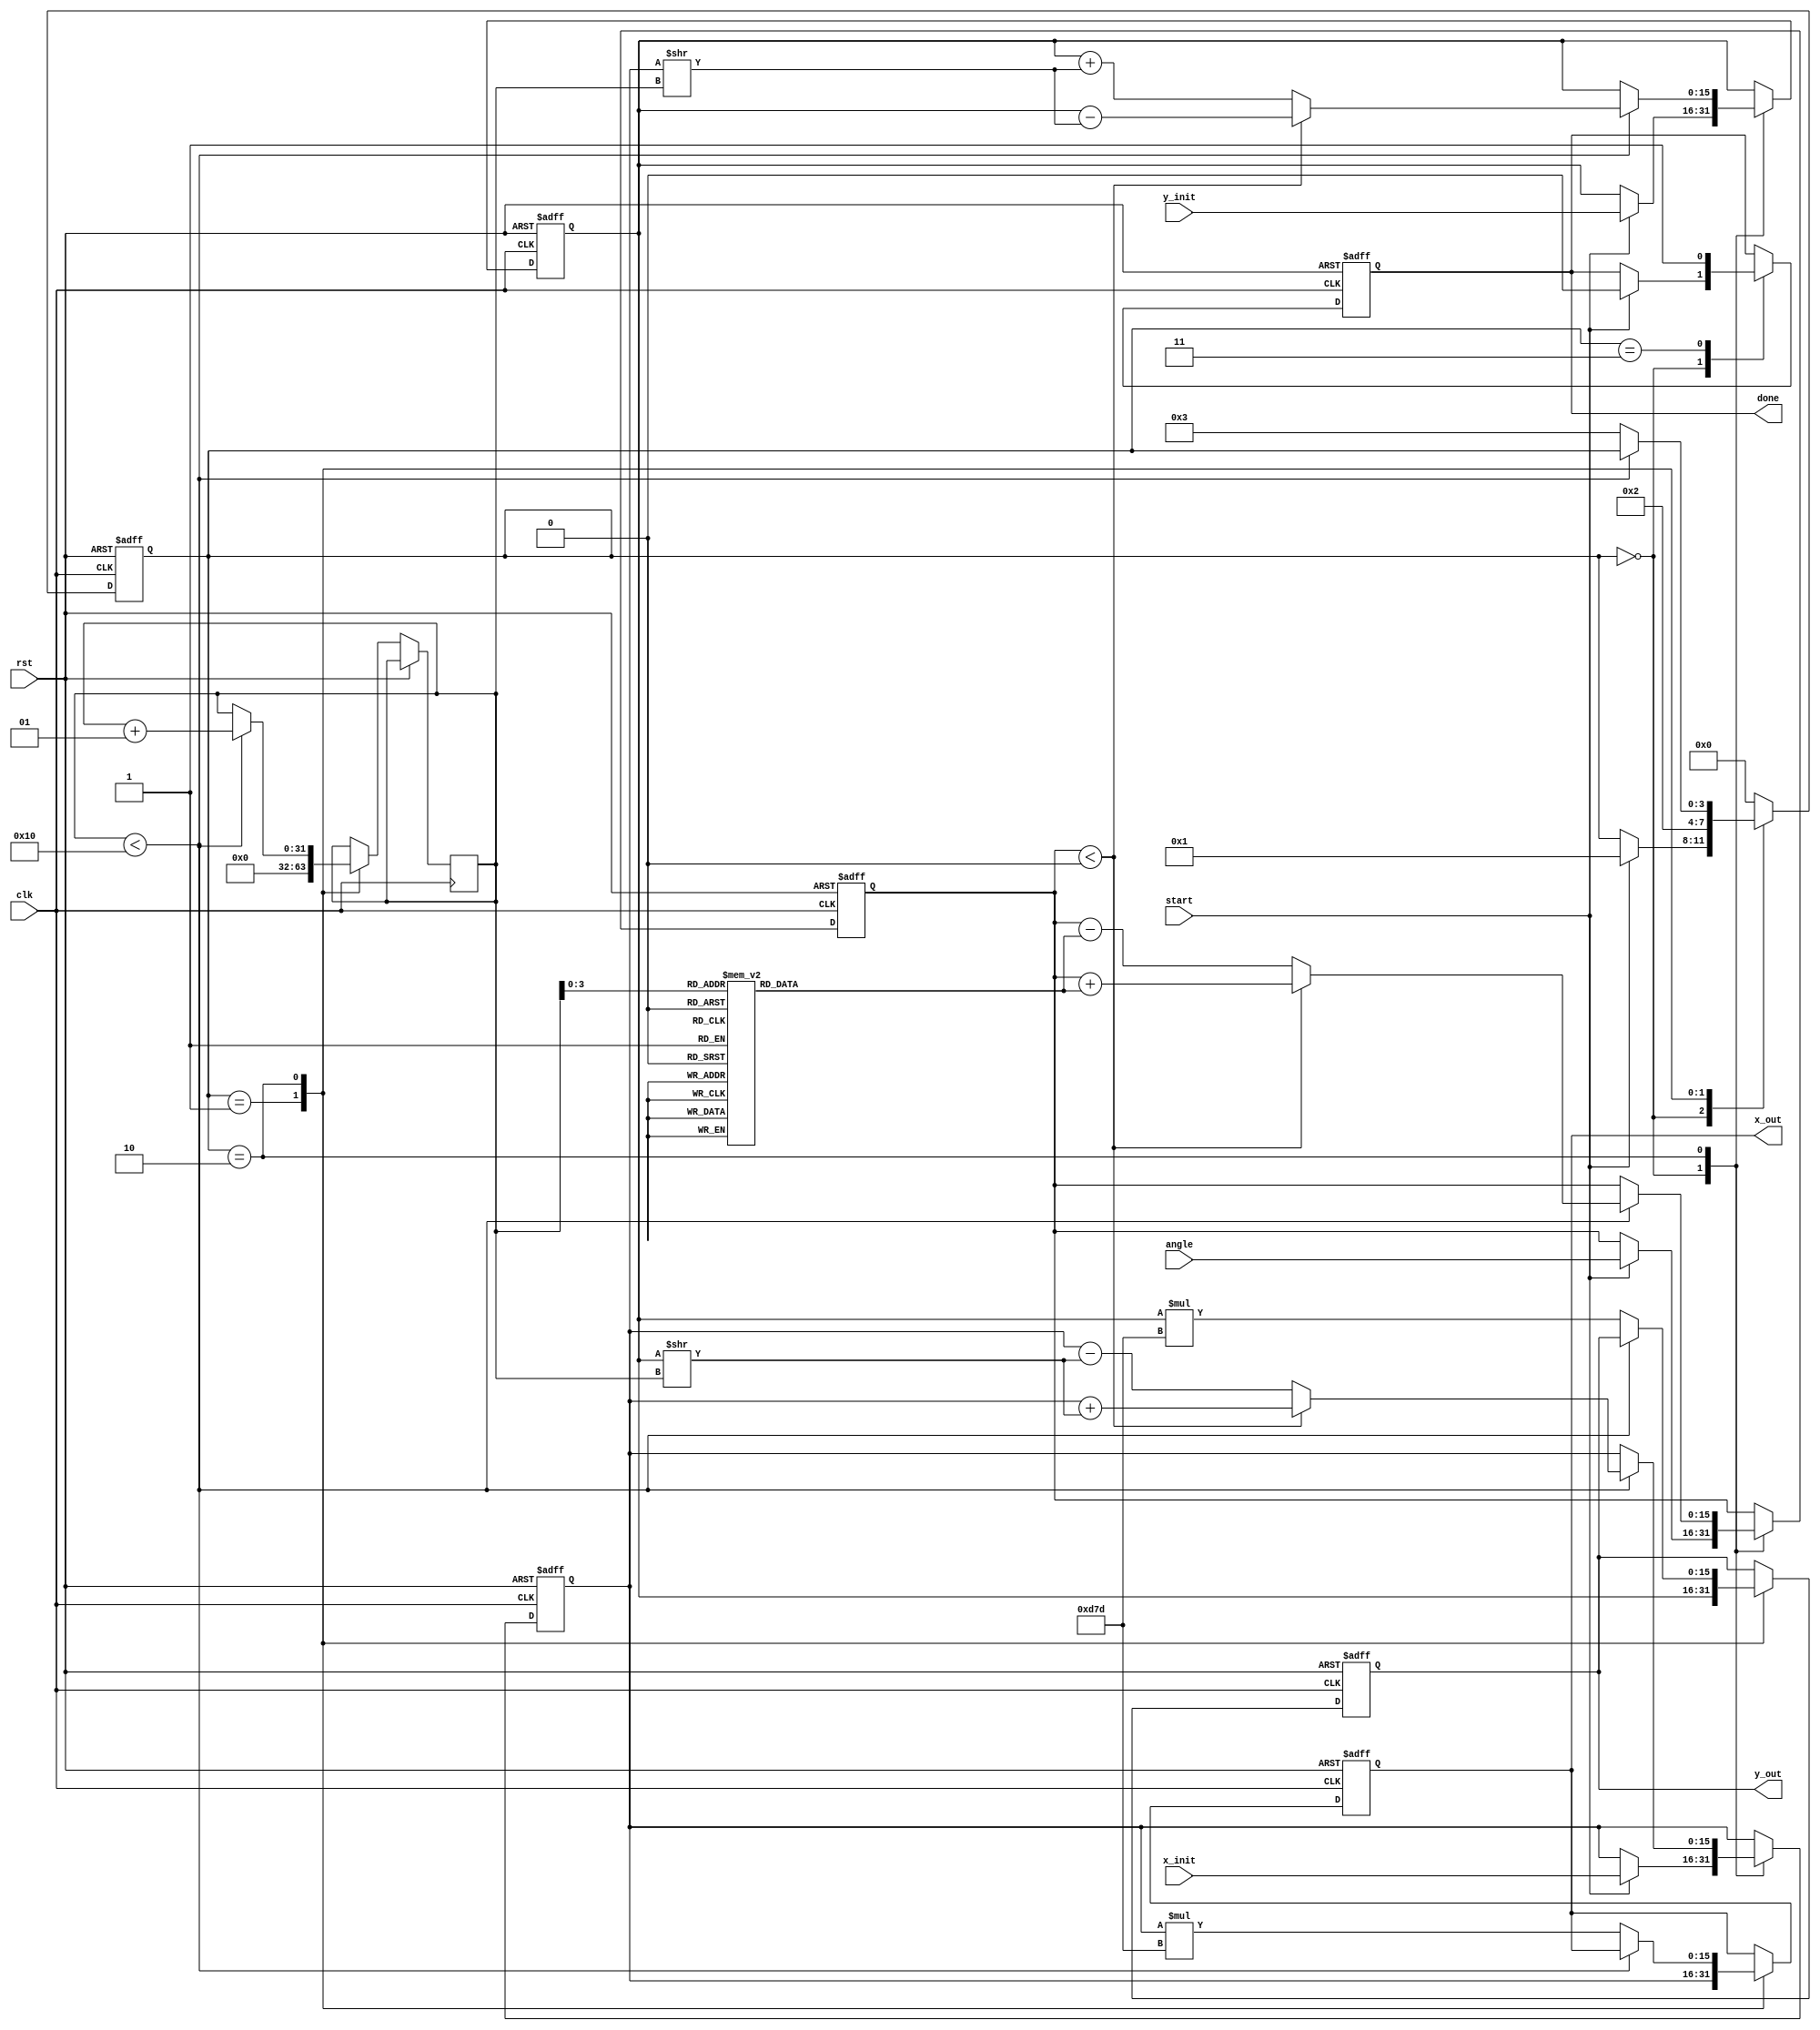
module cordic #(
    parameter DATA_WIDTH = 16,  // Width of input data (e.g., 16 bits)
    parameter N = 16            // Number of iterations
)(
    input wire clk,             // Clock input
    input wire rst,             // Reset input
    input wire [DATA_WIDTH-1:0] angle, // Input angle (in fixed-point format)
    input wire [DATA_WIDTH-1:0] x_init, // Initial x value
    input wire [DATA_WIDTH-1:0] y_init, // Initial y value
    input wire start,           // Start signal for CORDIC operation
    output reg [DATA_WIDTH-1:0] x_out, // Output x value
    output reg [DATA_WIDTH-1:0] y_out, // Output y value
    output reg done             // Done signal
);

    // CORDIC Constants
    reg [DATA_WIDTH-1:0] atan_table [0:N-1]; // Lookup table for arctan(2^-i)
    reg [DATA_WIDTH-1:0] K;                    // Scaling factor
    initial begin
        // Precompute the arctan values (in fixed-point format)
        atan_table[0] = 16'h0000; // arctan(1) = 0, adjust as needed
        // populate other angles...
    end   
    
    // Scaling factor, K = 1/sqrt(1 + 2^-2) for N iterations
    initial begin
        K = 16'h0D7D; // Example value, adjust based on iterations
    end

    // Registers for holding x, y, and angle
    reg [DATA_WIDTH-1:0] x_reg, y_reg;
    reg [DATA_WIDTH-1:0] angle_reg;
    integer i;

    // State machine to control the CORDIC operations
    reg [3:0] state;
    localparam IDLE = 0, INIT = 1, ITERATE = 2, DONE = 3;

    always @(posedge clk or posedge rst) begin
        if (rst) begin
            x_reg <= 0;
            y_reg <= 0;
            angle_reg <= 0;
            x_out <= 0;
            y_out <= 0;
            done <= 0;
            state <= IDLE;
        end else begin
            case (state)
                IDLE: begin
                    if (start) begin
                        x_reg <= x_init;
                        y_reg <= y_init;
                        angle_reg <= angle;
                        state <= INIT;
                        done <= 0;
                    end
                end
                
                INIT: begin
                    // Initialize output
                    x_out <= x_reg;
                    y_out <= y_reg;
                    state <= ITERATE;
                    i <= 0;
                end
                
                ITERATE: begin
                    if (i < N) begin
                        // Apply CORDIC rotation
                        if (angle_reg < 0) begin
                            x_reg <= x_reg + (y_reg >> i);
                            y_reg <= y_reg - (x_reg >> i);
                            angle_reg <= angle_reg + atan_table[i];
                        end else begin
                            x_reg <= x_reg - (y_reg >> i);
                            y_reg <= y_reg + (x_reg >> i);
                            angle_reg <= angle_reg - atan_table[i];
                        end
                        i <= i + 1;
                    end else begin
                        // Finalize output
                        x_out <= x_reg * K; // Scale final output
                        y_out <= y_reg * K; // Scale final output
                        state <= DONE;
                    end
                end
                
                DONE: begin
                    done <= 1; // Signal that computation is done
                    state <= IDLE; // Return to idle
                end
                
                default: state <= IDLE;
            endcase
        end
    end
endmodule